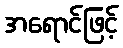
အရောင်ဖြင့်